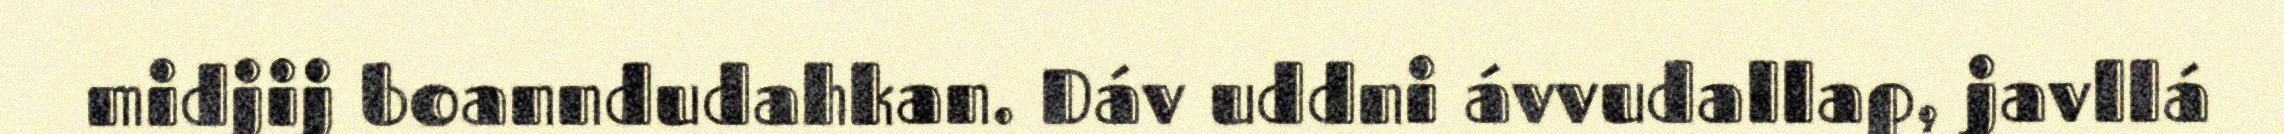
midjij boanndudahkan. Dáv uddni ávvudallap, javllá